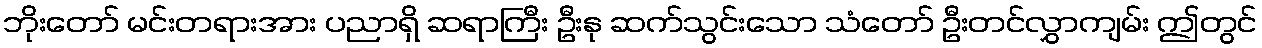
ဘိုးတော် မင်းတရားအား ပညာရှိ ဆရာကြီး ဦးနု ဆက်သွင်းသော သံတော် ဦးတင်လွှာကျမ်း ဤတွင်